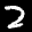
Label: 2